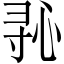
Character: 𫴭